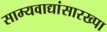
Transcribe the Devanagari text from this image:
साम्यवाद्यांसारख्पा